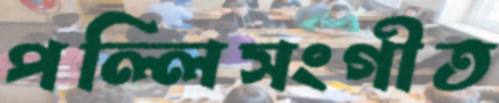
পল্লিসংগীত